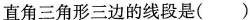
直角三角形三边的线段是( )